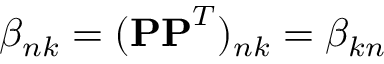
\beta _ { n k } = ( \mathbf { P P } ^ { T } ) _ { n k } = \beta _ { k n }